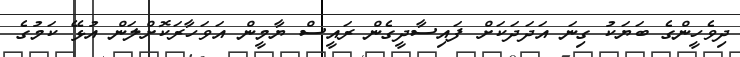
ދިވެހީންގެ ބަޔަކު ގިނަ އަދަދަކަށް ފައިސާދީގެން ރައީސް ޔާމީން އަވަހާރަކޮށްލަން އުޅޭ ކަމުގެ